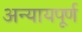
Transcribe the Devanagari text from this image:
अन्‍यायपूर्ण